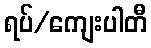
ရပ်/ကျေးပါတီ